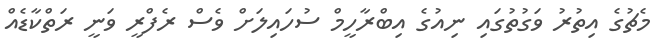
މެޗުގެ އިތުރު ވަގުތުގައި ނިއުގެ އިބްރާހީމް ސުހައިލަށް ވެސް ރެފްރީ ވަނީ ރަތްކާޑެއް